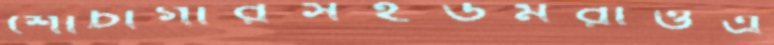
শৌচাগারসহউমরাওএ